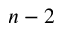
n - 2